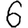
Digit: 6